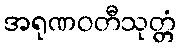
အရုဏဝတီသုတ္တံ